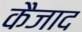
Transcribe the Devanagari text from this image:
कैजाद